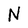
Character: N